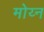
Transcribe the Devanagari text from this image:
मोय्न